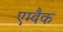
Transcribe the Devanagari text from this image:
एम्बैक